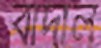
বাদাল